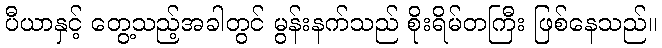
ပီယာနှင့် တွေ့သည့်အခါတွင် မွန်းနက်သည် စိုးရိမ်တကြီး ဖြစ်နေသည်။